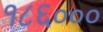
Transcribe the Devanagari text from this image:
१८६०००